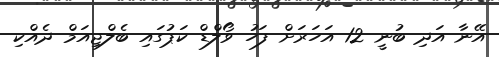
އޭނާ އަދި ބުނީ 12 އަހަރަށް ފަހު ވޯލްޑް ކަޕުގައި ބެލްޖިއަމް ދެއްކި